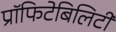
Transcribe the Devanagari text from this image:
प्रॉफिटेबिलिटी